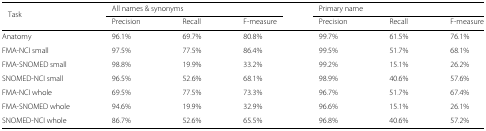
<table><thead><tr><td><b>Task</b></td><td colspan="3"><b>All names &amp; synonyms</b></td><td colspan="3"><b>Primary name</b></td></tr><tr><td></td><td><b>Precision</b></td><td><b>Recall</b></td><td><b>F-measure</b></td><td><b>Precision</b></td><td><b>Recall</b></td><td><b>F-measure</b></td></tr></thead><tbody><tr><td>Anatomy</td><td>96.1%</td><td>69.7%</td><td>80.8%</td><td>99.7%</td><td>61.5%</td><td>76.1%</td></tr><tr><td>FMA-NCI small</td><td>97.5%</td><td>77.5%</td><td>86.4%</td><td>99.5%</td><td>51.7%</td><td>68.1%</td></tr><tr><td>FMA-SNOMED small</td><td>98.8%</td><td>19.9%</td><td>33.2%</td><td>99.2%</td><td>15.1%</td><td>26.2%</td></tr><tr><td>SNOMED-NCI small</td><td>96.5%</td><td>52.6%</td><td>68.1%</td><td>98.9%</td><td>40.6%</td><td>57.6%</td></tr><tr><td>FMA-NCI whole</td><td>69.5%</td><td>77.5%</td><td>73.3%</td><td>96.7%</td><td>51.7%</td><td>67.4%</td></tr><tr><td>FMA-SNOMED whole</td><td>94.6%</td><td>19.9%</td><td>32.9%</td><td>96.6%</td><td>15.1%</td><td>26.1%</td></tr><tr><td>SNOMED-NCI whole</td><td>86.7%</td><td>52.6%</td><td>65.5%</td><td>96.8%</td><td>40.6%</td><td>57.2%</td></tr></tbody></table>